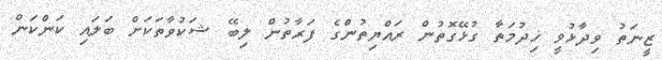
ޒީނަތު ވިދާޅުވީ ޚިދުމަތާ ގުޅޭގޮތުން ރައްޔިތުންގެ ފަރާތުން ލިބޭ ޝަކުވާތަކަށް ބަލައި ކަންކަން